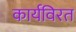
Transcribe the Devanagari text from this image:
कार्यविरत